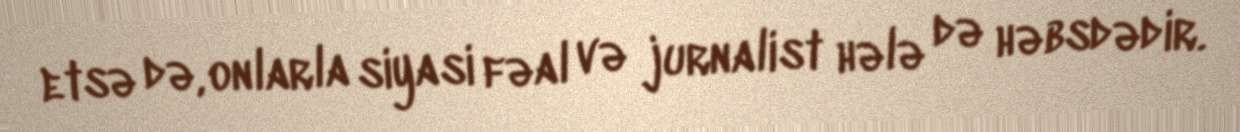
etsə də, onlarla siyasi fəal və jurnalist hələ də həbsdədir.